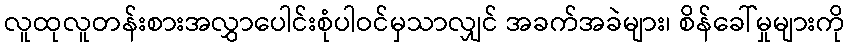
လူထုလူတန်းစားအလွှာပေါင်းစုံပါဝင်မှသာလျှင် အခက်အခဲများ၊ စိန်ခေါ်မှုများကို